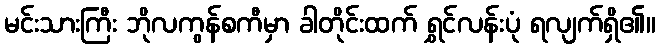
မင်းသားကြီး ဘိုလကွန်စကီမှာ ခါတိုင်းထက် ရွှင်လန်းပုံ ရလျက်ရှိ၏။